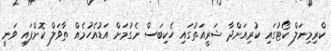
ކްރިމިނަލް ކޯޓުގައި ކުރިއަށްދާ ޝަރީއަތުގައި ހެކިބަސް ނެގުމަށް އަޑުއެހުމެއް ތާވަލް ކޮށްފައި ވަނީ